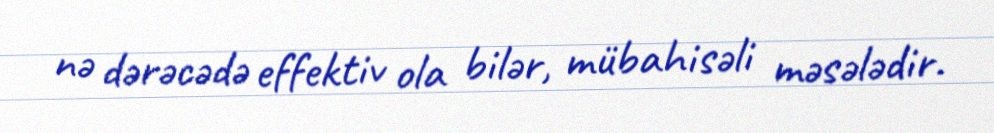
nə dərəcədə effektiv ola bilər, mübahisəli məsələdir.